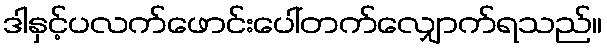
ဒါနှင့်ပလက်ဖောင်းပေါ်တက်လျှောက်ရသည်။